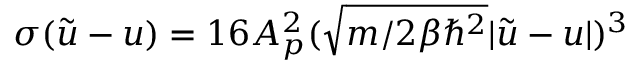
\sigma ( \Tilde { u } - u ) = 1 6 A _ { p } ^ { 2 } ( \sqrt { m / 2 \beta \hbar ^ { 2 } } | \Tilde { u } - u | ) ^ { 3 }